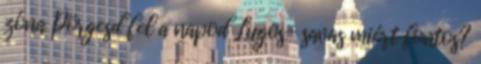
zóna Pörgesd fel a napod Lugos- savas miért fontos?